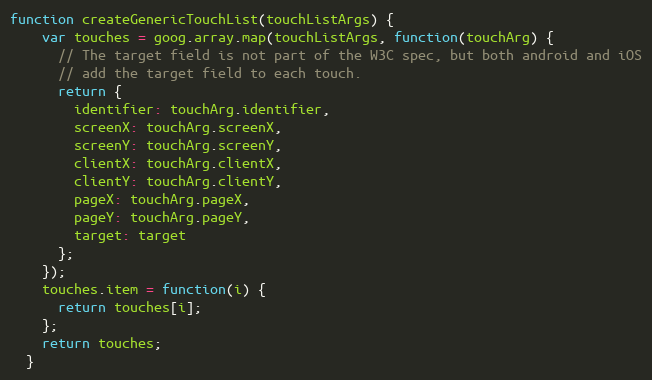
Language: JavaScript
function createGenericTouchList(touchListArgs) {
    var touches = goog.array.map(touchListArgs, function(touchArg) {
      // The target field is not part of the W3C spec, but both android and iOS
      // add the target field to each touch.
      return {
        identifier: touchArg.identifier,
        screenX: touchArg.screenX,
        screenY: touchArg.screenY,
        clientX: touchArg.clientX,
        clientY: touchArg.clientY,
        pageX: touchArg.pageX,
        pageY: touchArg.pageY,
        target: target
      };
    });
    touches.item = function(i) {
      return touches[i];
    };
    return touches;
  }